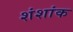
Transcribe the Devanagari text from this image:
शंशांक